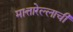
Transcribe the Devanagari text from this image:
मात्तारेल्लाची